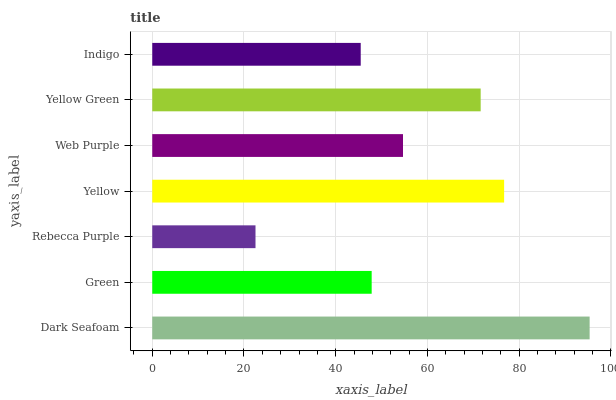
| yaxis_label | bars |
 | --- | --- |
 | Dark Seafoam | 95.4 |
 | Green | 47.8 |
 | Rebecca Purple | 22.5 |
 | Yellow | 76.7 |
 | Web Purple | 54.7 |
 | Yellow Green | 71.6 |
 | Indigo | 45.5 |